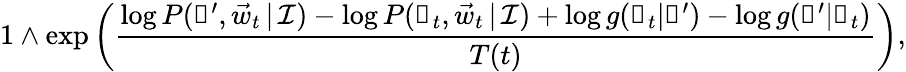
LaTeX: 1\wedge\exp\left(\frac{\log P(\boldsymbol\uprho^{\prime},\vec{w}_{t}\, |\, \mathcal I)-\log P(\boldsymbol\uprho_{t},\vec{w}_{t}\, |\, \mathcal I)+\log g(\boldsymbol\uprho_{t}|\boldsymbol\uprho^{\prime})-\log g(\boldsymbol\uprho^{\prime}|\boldsymbol\uprho_{t})}{T(t)}\right),